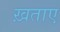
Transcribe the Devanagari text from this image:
ख़ताए